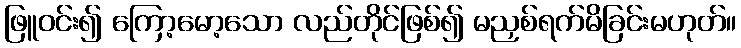
ဖြူဝင်း၍ ကြော့မော့သော လည်တိုင်ဖြစ်၍ မညှစ်ရက်မိခြင်းမဟုတ်။